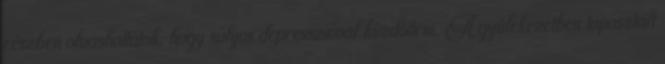
részben olvashattátok, hogy súlyos depresszióval küzdöttem. A gyülekezetben tapasztalt